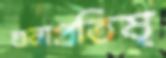
শুনাপ্রতিষ্